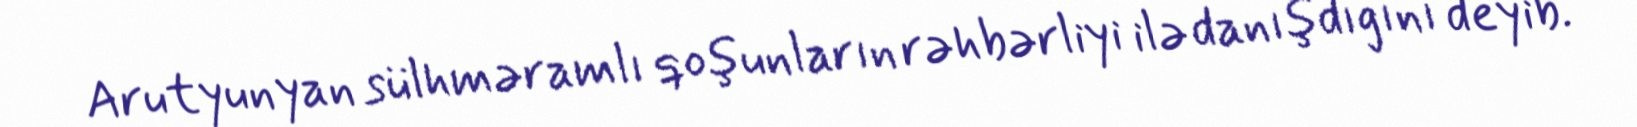
Arutyunyan sülhməramlı qoşunların rəhbərliyi ilə danışdığını deyib.